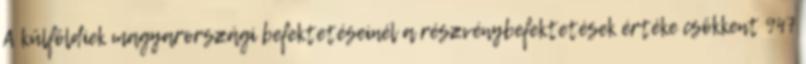
A külföldiek magyarországi befektetéseinél a részvénybefektetések értéke csökkent 947